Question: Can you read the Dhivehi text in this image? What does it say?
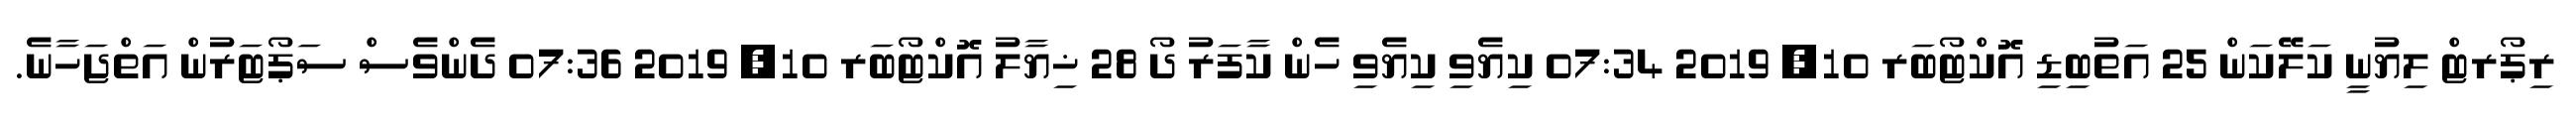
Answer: ރިޕޯރޓް ލިޔުނީ ކަލޭކަން 25 އަތުބިޑި އޮކްޓޯބަރ 10, 2019 07:34 ކިޔެވި ކިޔެވި ހެން ކާފަރު ދޯ 28 ޚިޔާލު އޮކްޓޯބަރ 10, 2019 07:36 ދެންވެސް ސަޕޯޓަރުން އަތްޖަހާނެ.